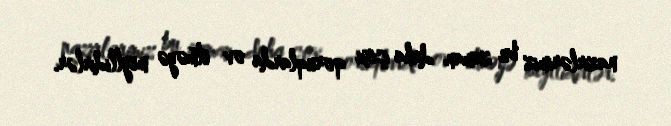
nazirlərimiz bu zaman daha çox qoruqlarda ov etməyə meyllidirlər.